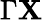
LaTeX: \Gamma\mathbf{X}